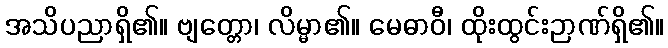
အသိပညာရှိ၏။ ဗျတ္တော၊ လိမ္မာ၏။ မေဓာဝီ၊ ထိုးထွင်းဉာဏ်ရှိ၏။